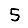
Digit: 5